Annual vaccination report of Bihar and Orissa - 1911-1928
Year: 1911
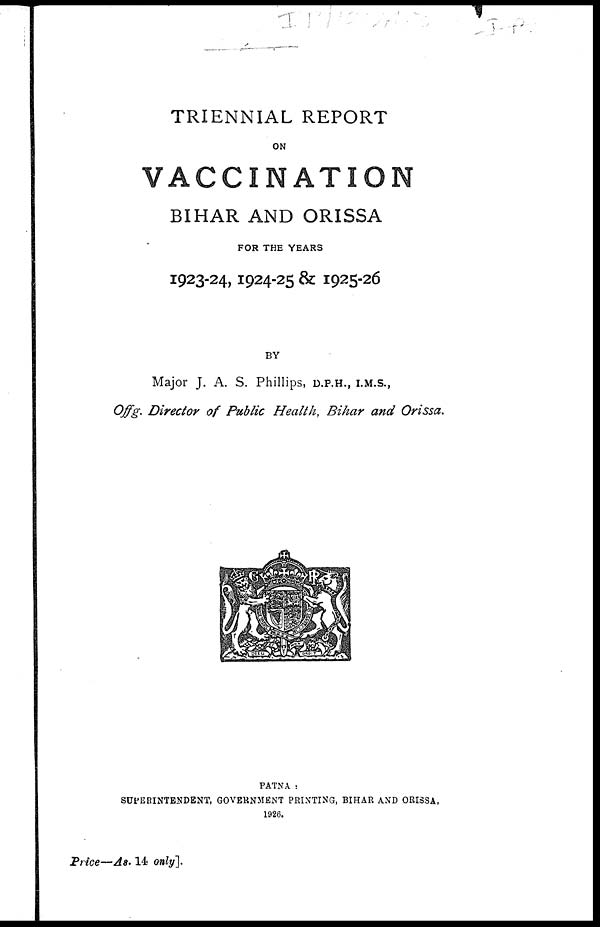
TRIENNIAL REPORT
ON
VACCINATION
BIHAR AND ORISSA
FOR THE YEARS
1923-24, 1924-25 & 1925-26
BY
Major J. A. S. Phillips, D.P.H., I.M.S.,
Offg. Director of Public Health, Bihar and Orissa.
PATNA :
SUPERINTENDENT, GOVERNMENT PRINTING, BIHAR AND ORISSA,
1926.
Price—As. 14 only].